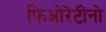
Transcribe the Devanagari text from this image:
फिओरेंटीनो